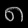
Digit: ၈